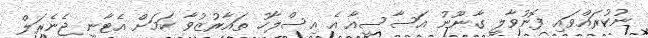
ނުކުރައްވައި ފޮނުވާލީ ގާނޫނު އަސާސީއާ އެ އިސްލާހު ތައާރުޒުވާ ކަމަށް އެޓާނީ ޖެނެރަލް